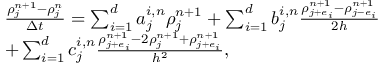
\begin{array} { r l } & { \frac { \rho _ { j } ^ { n + 1 } - \rho _ { j } ^ { n } } { \Delta t } = \sum _ { i = 1 } ^ { d } a _ { j } ^ { i , n } \rho _ { j } ^ { n + 1 } + \sum _ { i = 1 } ^ { d } b _ { j } ^ { i , n } \frac { \rho _ { j + e _ { i } } ^ { n + 1 } - \rho _ { j - e _ { i } } ^ { n + 1 } } { 2 h } } \\ & { + \sum _ { i = 1 } ^ { d } c _ { j } ^ { i , n } \frac { \rho _ { j + e _ { i } } ^ { n + 1 } - 2 \rho _ { j } ^ { n + 1 } + \rho _ { j + e _ { i } } ^ { n + 1 } } { h ^ { 2 } } , } \end{array}